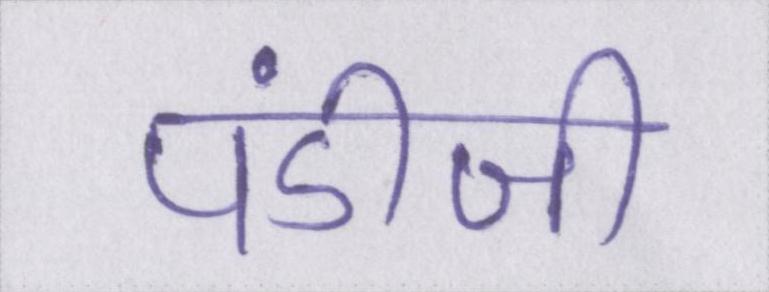
पंडीजी